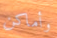
وأماكن